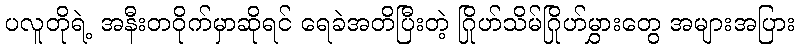
ပလူတိုရဲ့ အနီးတဝိုက်မှာဆိုရင် ရေခဲအတိပြီးတဲ့ ဂြိုဟ်သိမ်ဂြိုဟ်မွှားတွေ အများအပြား